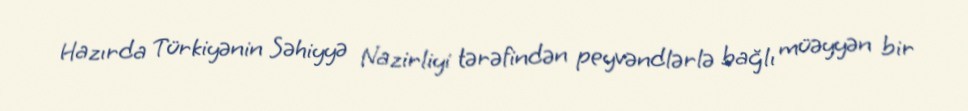
Hazırda Türkiyənin Səhiyyə Nazirliyi tərəfindən peyvəndlərlə bağlı müəyyən bir